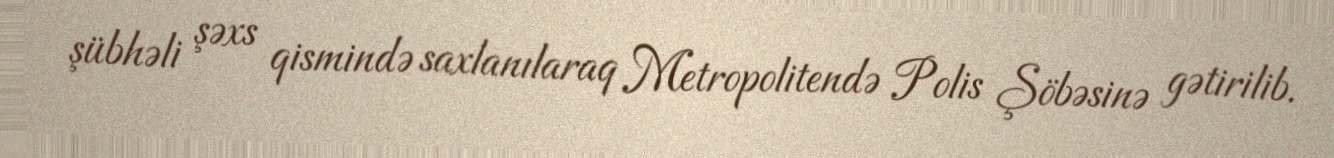
şübhəli şəxs qismində saxlanılaraq Metropolitendə Polis Şöbəsinə gətirilib.